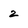
Character: 2